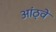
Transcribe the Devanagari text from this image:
आंठ्वे